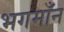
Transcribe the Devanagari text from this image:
भगमाँन